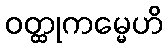
ဝတ္ထုကမ္မေဟိ